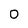
Character: 0